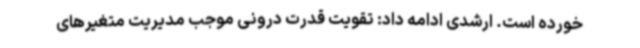
خورده است. ارشدی ادامه داد: تقویت قدرت درونی موجب مدیریت متغیرهای